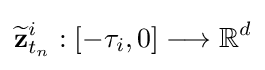
{\widetilde {\mathbf {z} }}_{t_{n}}^{i}:\left[-\tau _{i},0\right]\longrightarrow \mathbb {R} ^{d}